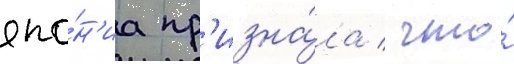
япо́н'иа пр'изна́ла / что́